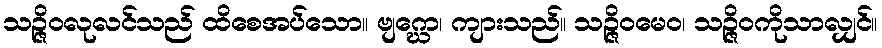
သဉ္ဇိဝလုလင်သည် ထိစေအပ်သော။ ဗျဂ္ဃော၊ ကျားသည်။ သဉ္ဇိဝမေဝ၊ သဉ္ဇိဝကိုသာလျှင်။